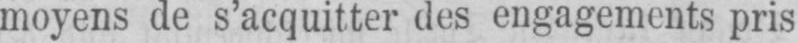
moyens de s’acquitter des engagements pris